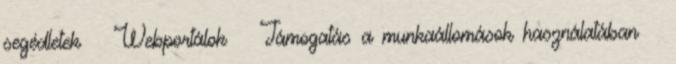
segédletek  Webportálok  Támogatás a munkaállomások használatában 